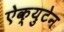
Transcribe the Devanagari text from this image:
ऐक्युटेन